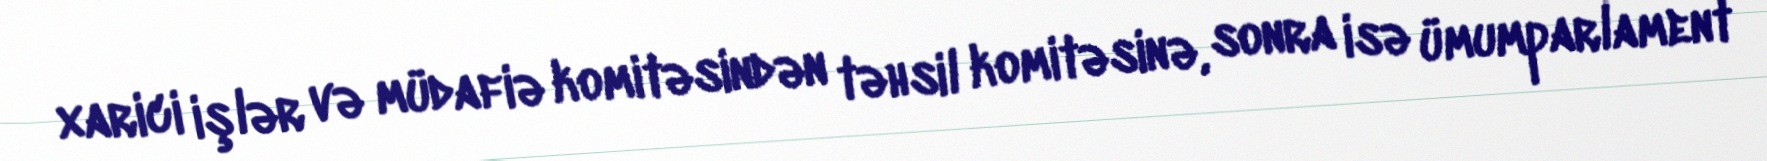
xarici işlər və müdafiə komitəsindən təhsil komitəsinə, sonra isə ümumparlament